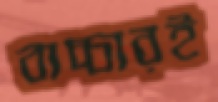
বাচ্চারই